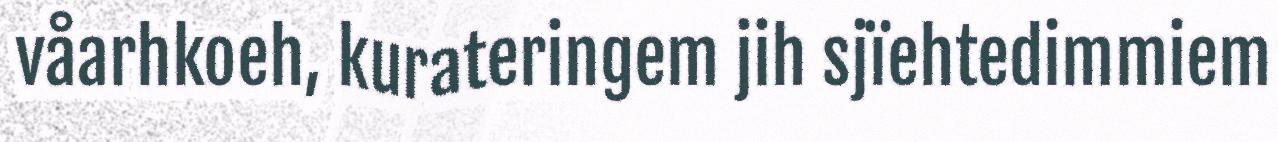
våarhkoeh, kurateringem jih sjïehtedimmiem